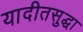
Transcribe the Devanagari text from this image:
यादीतसुद्धा